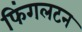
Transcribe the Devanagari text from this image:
फिंगलटन